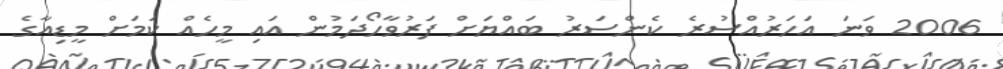
2006 ވަނަ އަހަރުއްސުރެ ކެންސަރު ބައްޔަށް ފަރުވާހޯދަމުން އައި މީހެއް ކަމަށް މީޑިއާގެ